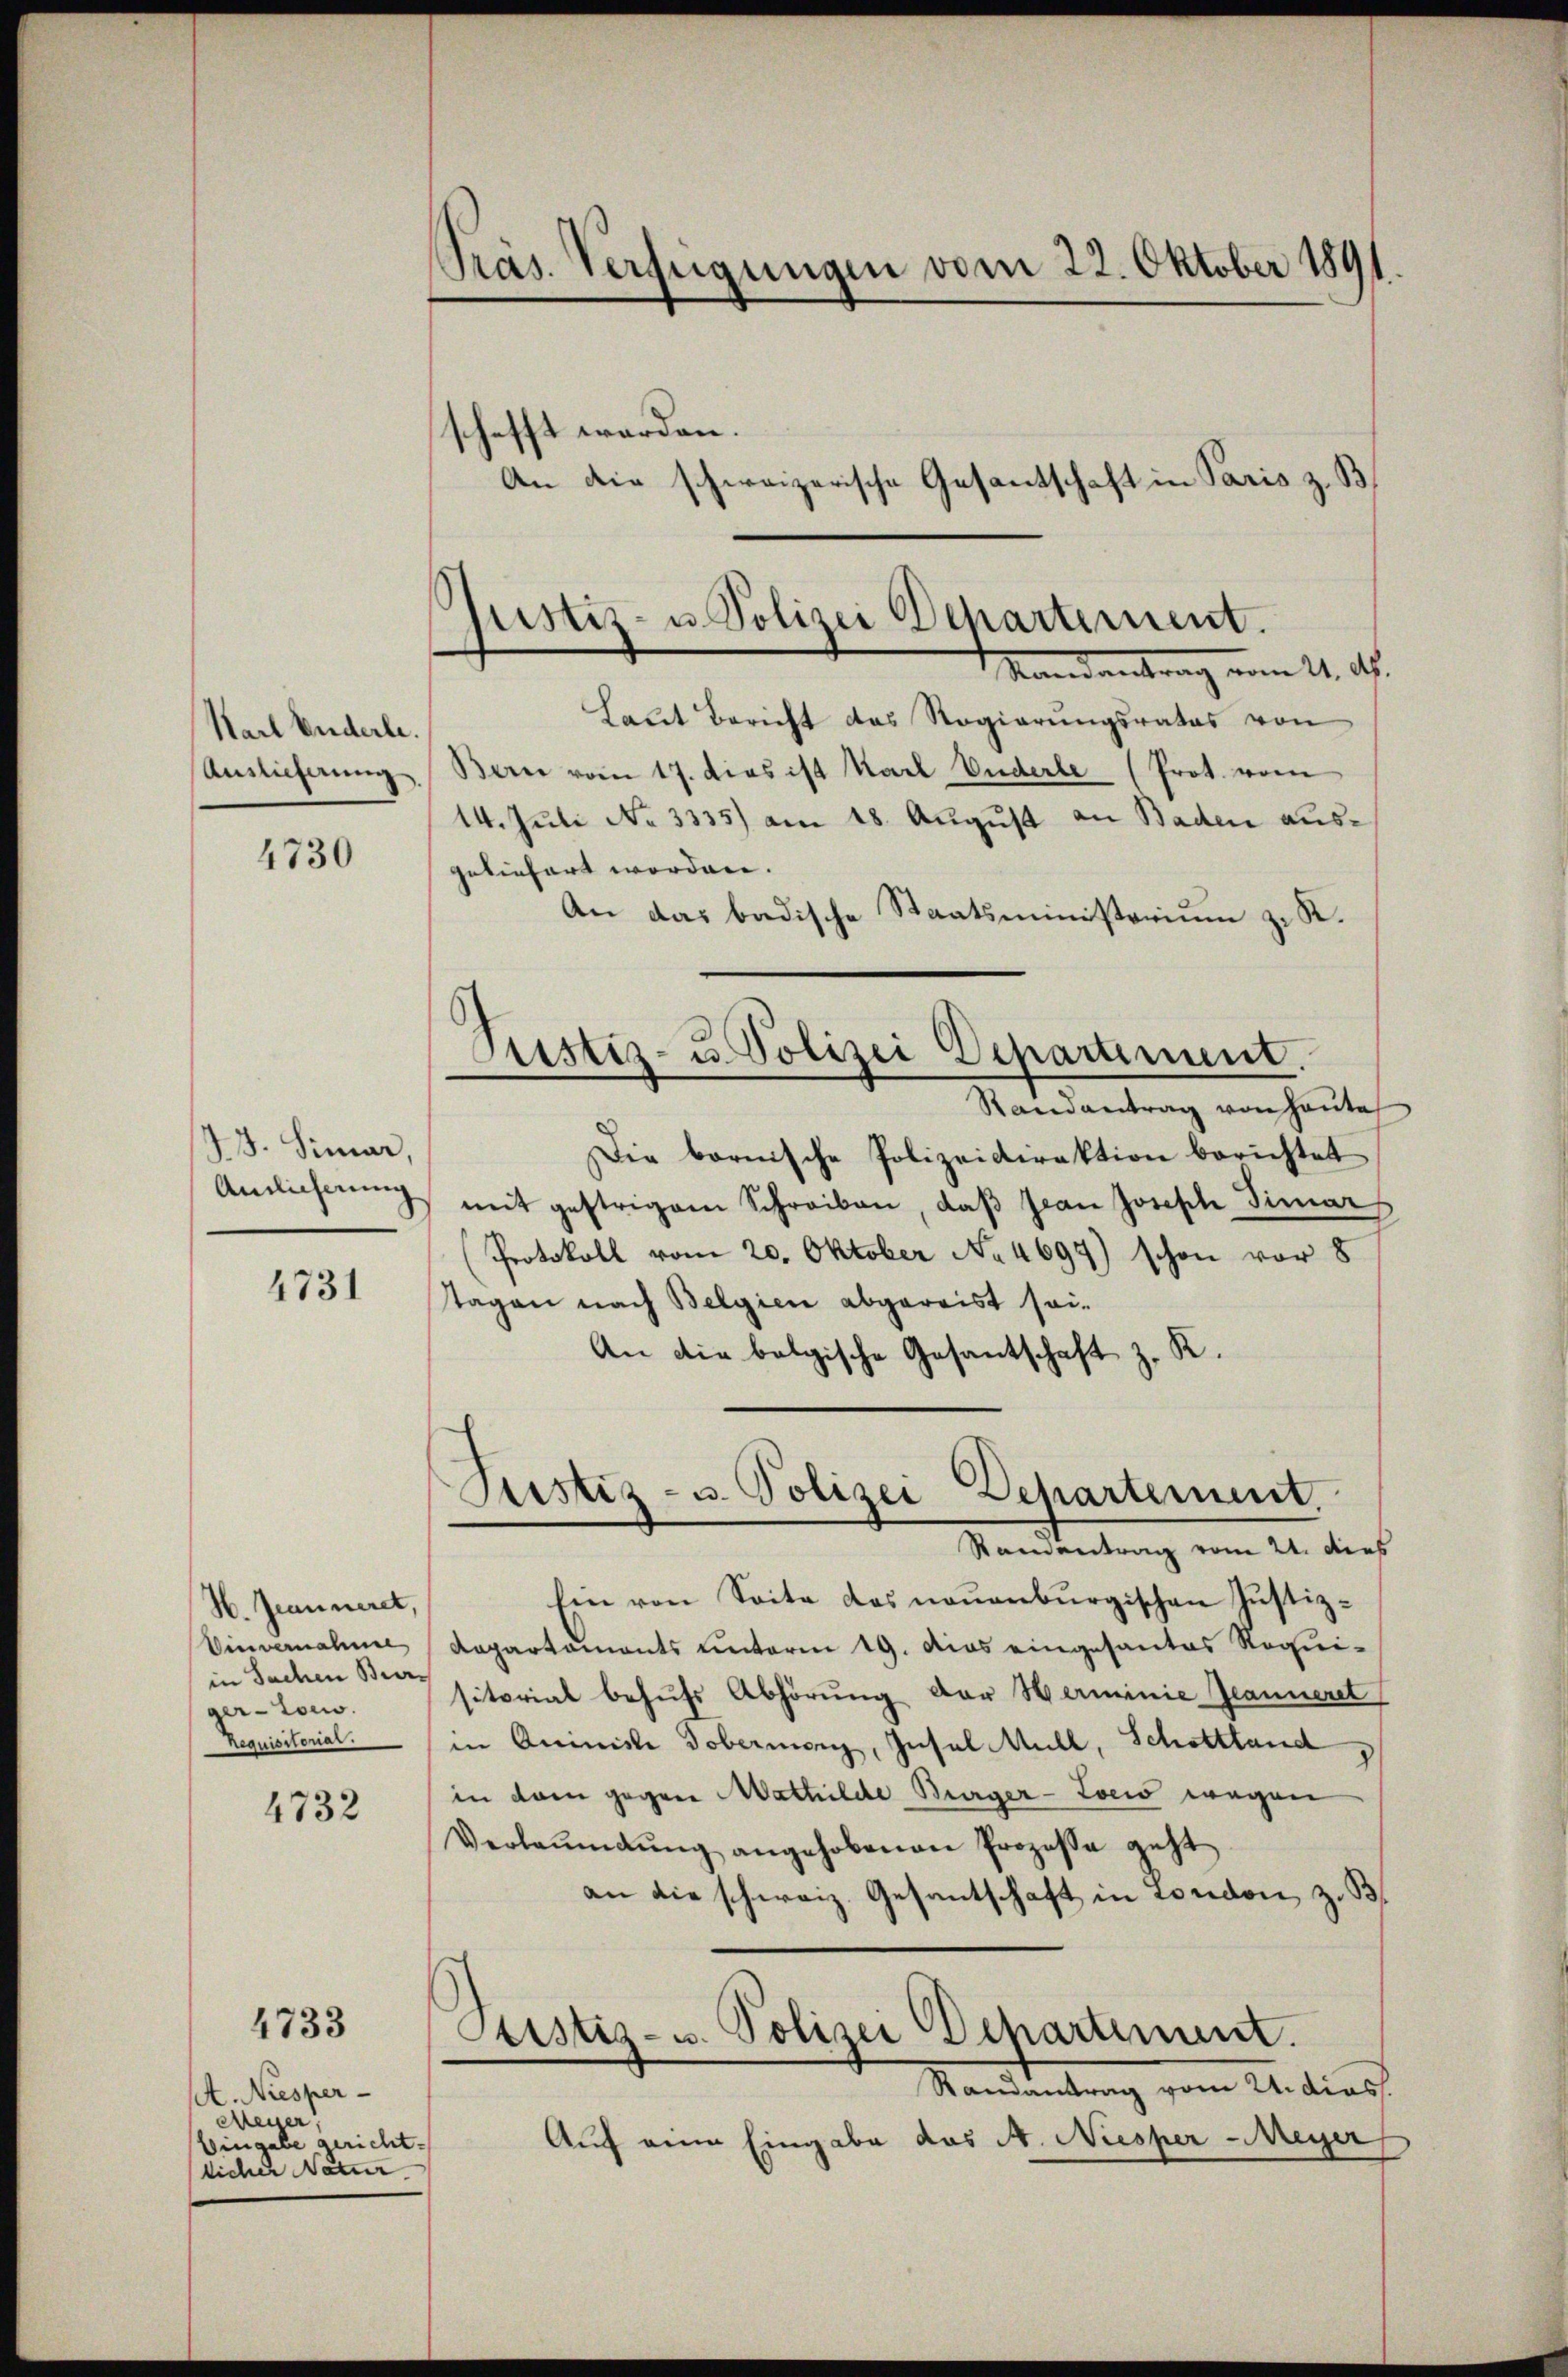
Karl Enderbe.
Auslieferung

4730

73. Simar,
Amlicherung

4731

H. Jeanneret,
Vinvernahme
in Sache Bierger-Com
Requisitorial.

4732

4733

st. Niesper-
Meyer,
Eingabe gericht.
licher Natur

Präs. Verfügungen vom 22. Oktober 1891.

schafft werden.
An die schweizerische Gesantschaft in Paris z. B.
Laŭt Bericht das Regierŭngsrates von
Bern vom 17. dies ist Karl Vuderle (Prot. vom
14. Juli No 3335) am 18. August an Baden ausgeliefert worden.
An das badische Staatsministorium zu K.
Pustiz- u. Polizei Departement.
Randantrag von Haute
Die bornische Polizeidirektion berichtet
mit gestrigen Schreiben, daß Jean Joseph Simar
Protokoll vom 20. Oktober No. 4697) schon vor 8
tagen nach Belgien abgereist sei-
An die bolgische Gesantschaft z. R.

Justiz- u. Polizei Departement.
Mandantrag vom 11. ds.

Justiz- u. Polizei Departement,

Ramantrag vom 21. dies
hin von Seite das neuenburgischen Justiz-
Repartaments unterm 19. dies eingesantes Requisitorial behufs Abhörung der Herminie Jeanneret
in Quiniste Dobermoni, Insel Müll, Schottland
in dem gegen Mathilde Burger-Tocis wegen
Verlaŭmtŭng angehobenen Prozesse geht
an die schweiz. Gesantschaft in London, z. B
Geistiz- u. Polizei Departement.
Randantrag vom 24. dies
Auf eine Eingabe das A. Niesper-Meyer